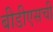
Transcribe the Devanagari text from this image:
बीडीएसची